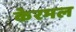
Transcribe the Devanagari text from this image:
केरमल